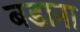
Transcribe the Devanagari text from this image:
बडाना